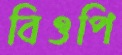
বিওপি